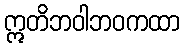
ဣတိဘဝါဘဝကထာ